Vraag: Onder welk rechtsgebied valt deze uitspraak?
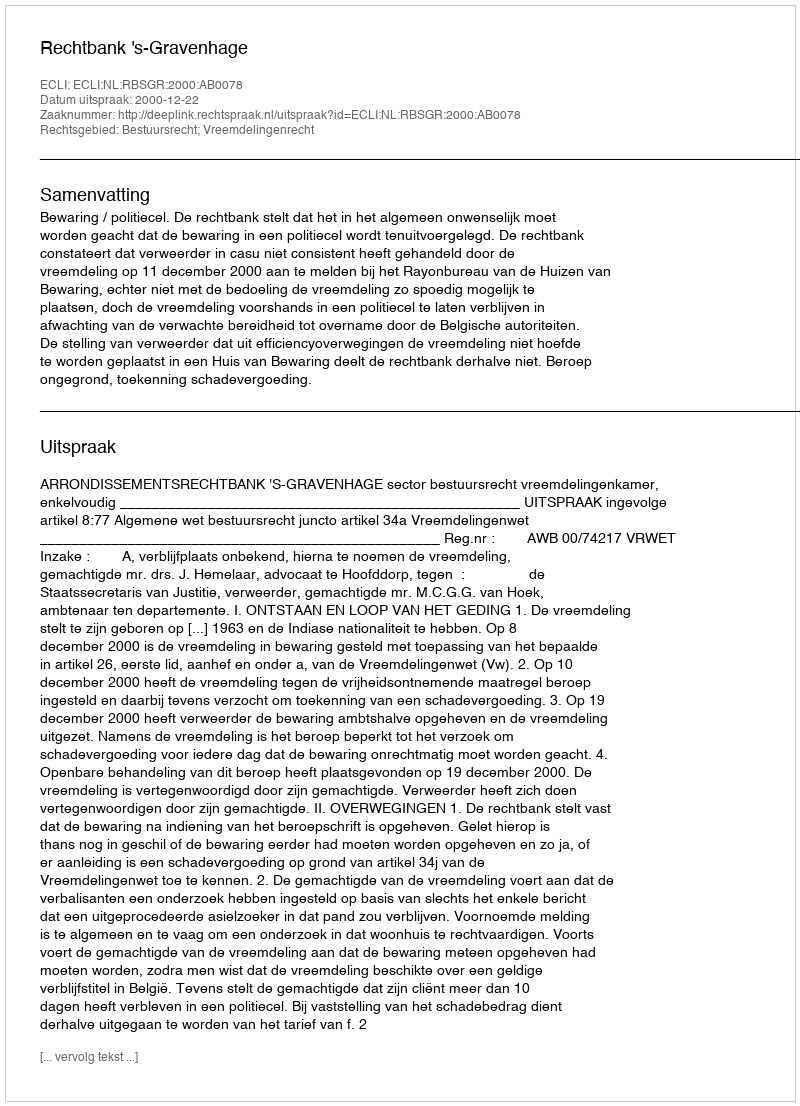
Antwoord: Bestuursrecht; Vreemdelingenrecht